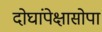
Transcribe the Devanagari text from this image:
दोघांपेक्षासोपा